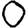
Digit: 0